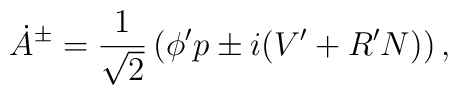
\dot{A}{}^\pm=\frac{1}{\sqrt{2}}\left(\phi'p \pm i (V'+R'N)\right),